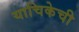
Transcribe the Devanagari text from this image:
याचिकेची